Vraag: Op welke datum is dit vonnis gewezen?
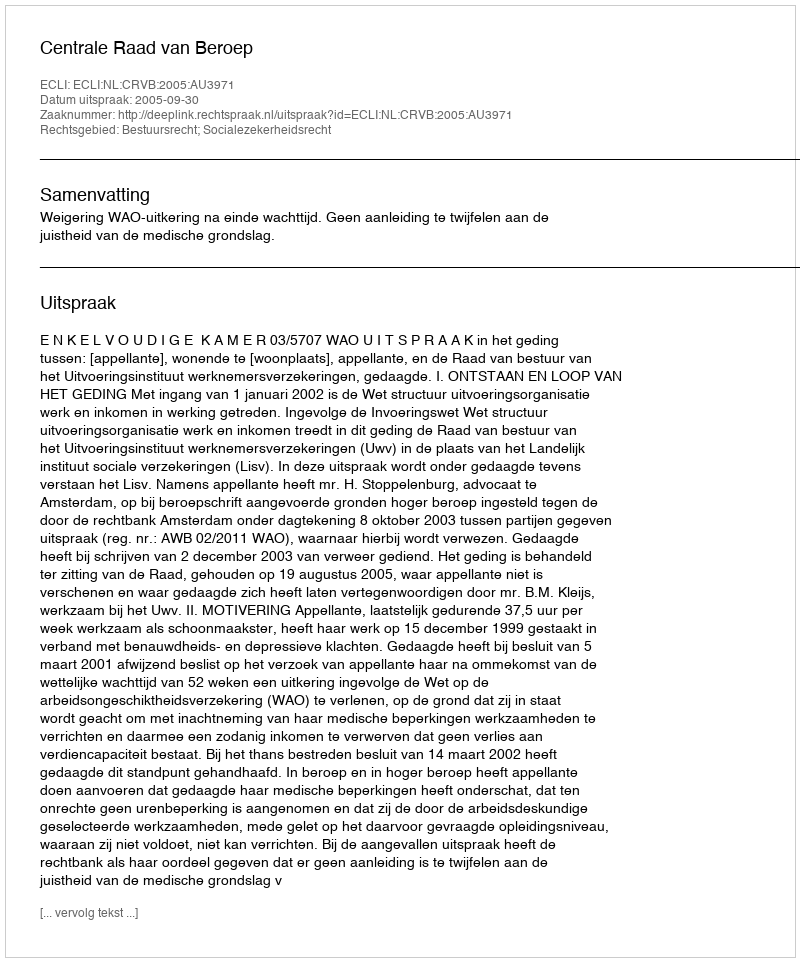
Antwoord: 2005-09-30